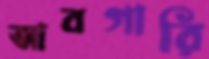
আবগারি